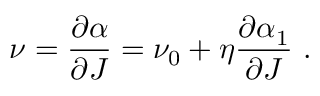
\nu = { \frac { \partial \alpha } { \partial J } } = \nu _ { 0 } + \eta { \frac { \partial \alpha _ { 1 } } { \partial J } } ~ .